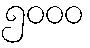
၅၀၀၀